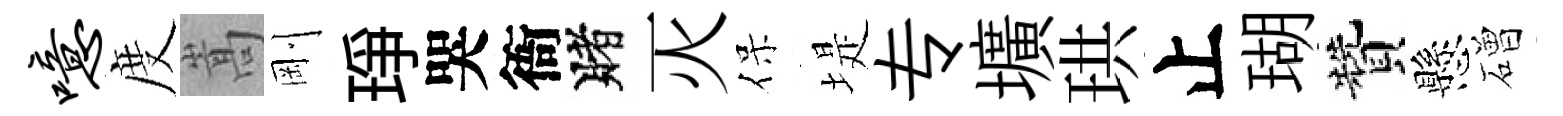
噫度嵩剛琤哭衙賭灭保堤专壙珙止瑚贊懸磳